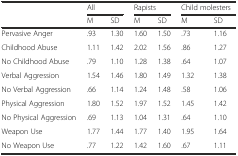
<table><thead><tr><td></td><td colspan="2"><b>All</b></td><td colspan="2"><b>Rapists</b></td><td colspan="2"><b>Child molesters</b></td></tr><tr><td></td><td><b>M</b></td><td><b>SD</b></td><td><b>M</b></td><td><b>SD</b></td><td><b>M</b></td><td><b>SD</b></td></tr></thead><tbody><tr><td>Pervasive Anger</td><td>.93</td><td>1.30</td><td>1.60</td><td>1.50</td><td>.73</td><td>1.16</td></tr><tr><td>Childhood Abuse</td><td>1.11</td><td>1.42</td><td>2.02</td><td>1.56</td><td>.86</td><td>1.27</td></tr><tr><td>No Childhood Abuse</td><td>.79</td><td>1.10</td><td>1.28</td><td>1.38</td><td>.64</td><td>1.07</td></tr><tr><td>Verbal Aggression</td><td>1.54</td><td>1.46</td><td>1.80</td><td>1.49</td><td>1.32</td><td>1.38</td></tr><tr><td>No Verbal Aggression</td><td>.66</td><td>1.14</td><td>1.24</td><td>1.48</td><td>.58</td><td>1.06</td></tr><tr><td>Physical Aggression</td><td>1.80</td><td>1.52</td><td>1.97</td><td>1.52</td><td>1.45</td><td>1.42</td></tr><tr><td>No Physical Aggression</td><td>.69</td><td>1.13</td><td>1.04</td><td>1.31</td><td>.64</td><td>1.10</td></tr><tr><td>Weapon Use</td><td>1.77</td><td>1.44</td><td>1.77</td><td>1.40</td><td>1.95</td><td>1.64</td></tr><tr><td>No Weapon Use</td><td>.77</td><td>1.22</td><td>1.42</td><td>1.60</td><td>.67</td><td>1.11</td></tr></tbody></table>